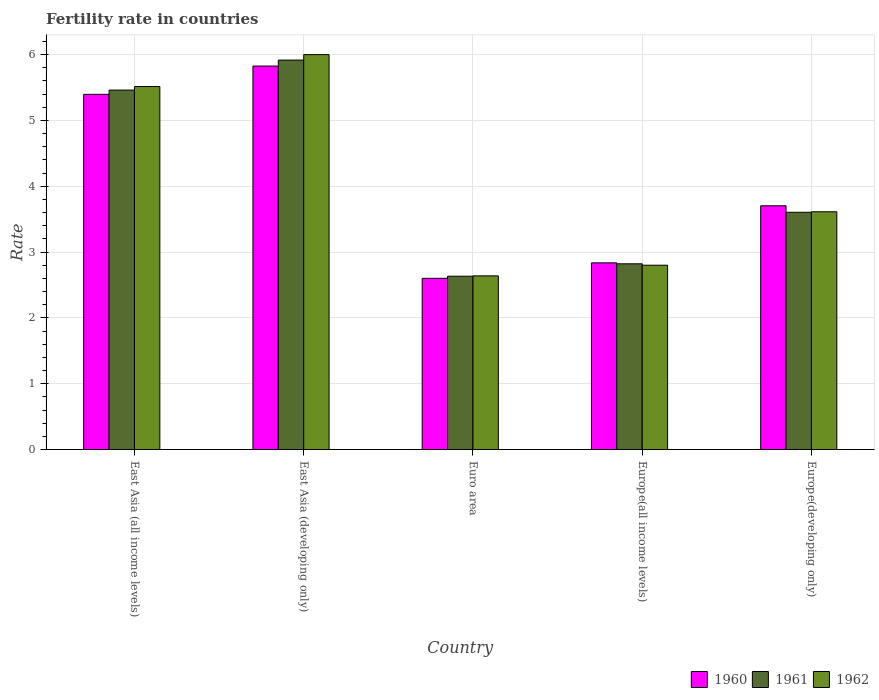
| Country | 1960 | 1961 | 1962 |
 | --- | --- | --- | --- |
 | East Asia (all income levels) | 5.4 | 5.46 | 5.52 |
 | East Asia (developing only) | 5.83 | 5.92 | 6 |
 | Euro area | 2.6 | 2.63 | 2.64 |
 | Europe(all income levels) | 2.84 | 2.82 | 2.8 |
 | Europe(developing only) | 3.7 | 3.6 | 3.61 |